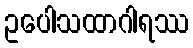
ဥပေါသထာဂါရဿ